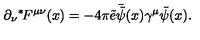
\partial _ { \nu } { } ^ { * } \! F ^ { \mu \nu } ( x ) = - 4 \pi \tilde { e } \bar { \tilde { \psi } } ( x ) \gamma ^ { \mu } \tilde { \psi } ( x ) .